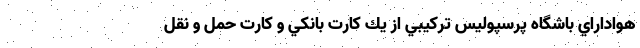
هواداراي باشگاه پرسپوليس تركيبي از يك كارت بانكي و كارت حمل و نقل